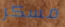
مسكر